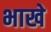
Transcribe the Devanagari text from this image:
भाखे